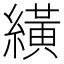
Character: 䌙